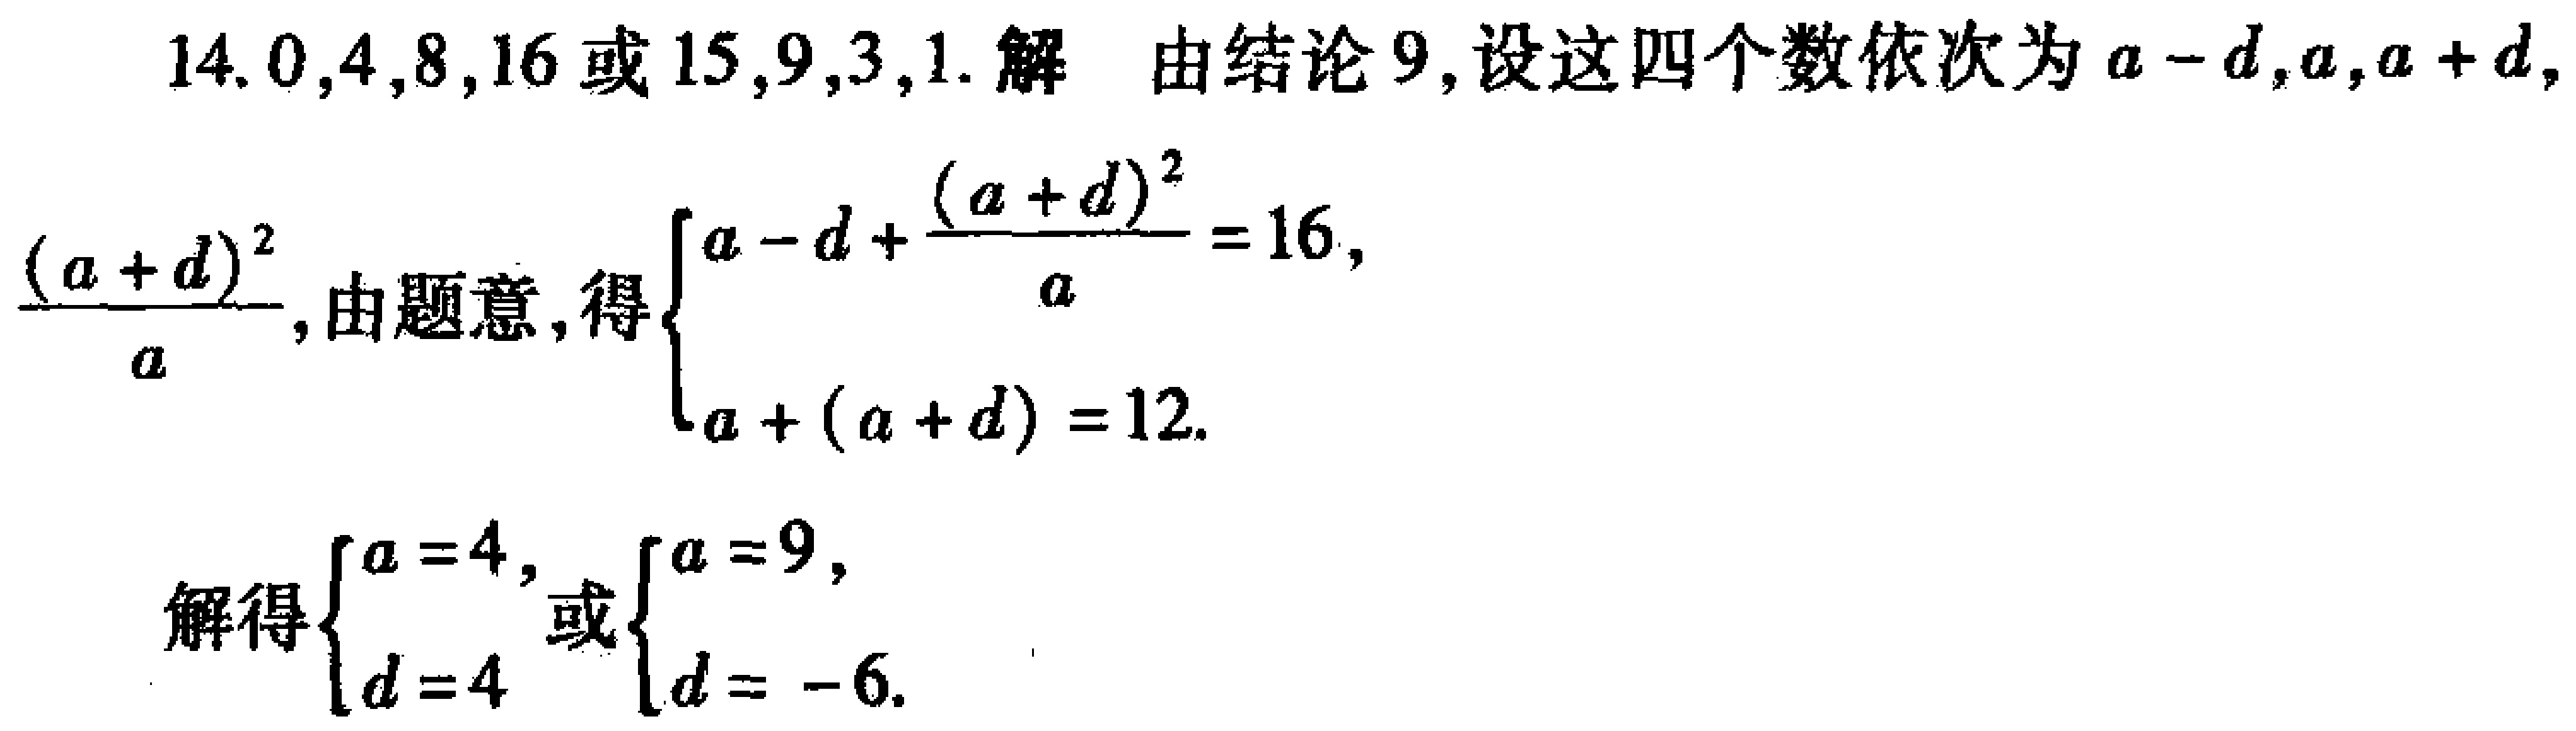
14. \(0,4,8,16\)或\(15,9,3,1\). 解 由结论9,设这四个数依次为\(a - d,a,a + d,\frac{(a + d)^2}{a}\),由题意,得\(\begin{cases}a - d+\frac{(a + d)^2}{a}=16,\\a+(a + d)=12.\end{cases}\)

解得\(\begin{cases}a = 4,\\d = 4\end{cases}\)或\(\begin{cases}a = 9,\\d = - 6.\end{cases}\)